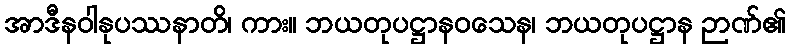
အာဒီနဝါနုပဿနာတိ၊ ကား။ ဘယတုပဋ္ဌာနဝသေန၊ ဘယတုပဋ္ဌာန ဉာဏ်၏